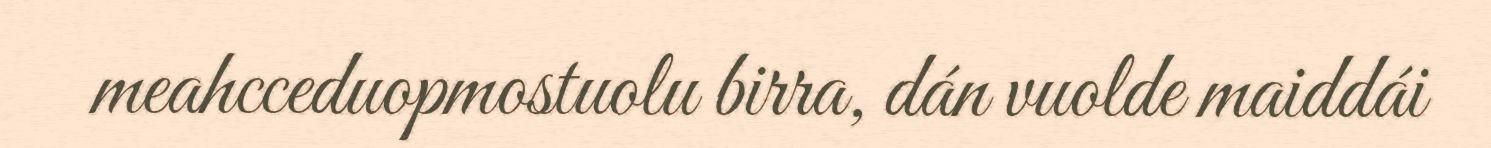
meahcceduopmostuolu birra, dán vuolde maiddái